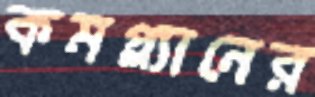
কমপ্ল্যানের